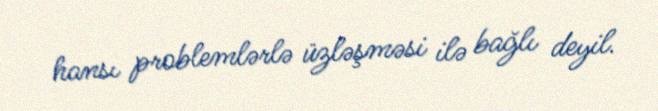
hansı problemlərlə üzləşməsi ilə bağlı deyil.